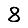
Digit: 8